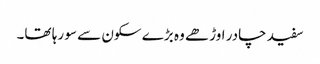
سفید چادر اوڑھے وہ بڑے سکون سے سو رہا تھا۔